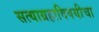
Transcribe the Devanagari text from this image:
सत्याग्रहाविषयीचा